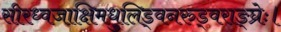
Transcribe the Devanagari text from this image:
सीरध्वजाक्षिमधुलिड्वनरुड्वराङ्घ्रेः।